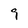
Character: 9